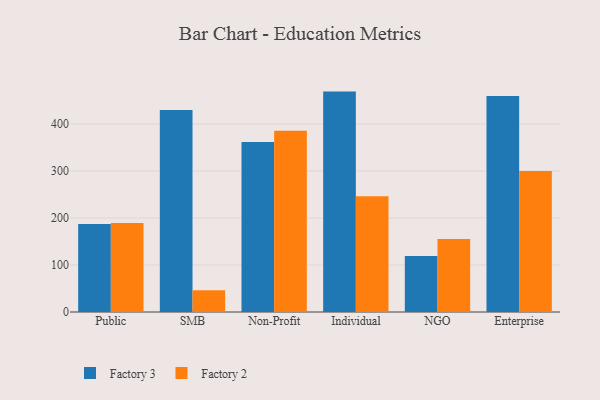
{"axis": {"x": "Segment", "y": "Latency (ms)"}, "legend": ["Factory 2", "Factory 3"], "data": [{"x": "Public", "y": 187.1, "type": "Factory 3"}, {"x": "Public", "y": 189.3, "type": "Factory 2"}, {"x": "SMB", "y": 429.8, "type": "Factory 3"}, {"x": "SMB", "y": 46.3, "type": "Factory 2"}, {"x": "Non-Profit", "y": 361.5, "type": "Factory 3"}, {"x": "Non-Profit", "y": 385.3, "type": "Factory 2"}, {"x": "Individual", "y": 468.7, "type": "Factory 3"}, {"x": "Individual", "y": 245.9, "type": "Factory 2"}, {"x": "NGO", "y": 119.2, "type": "Factory 3"}, {"x": "NGO", "y": 155.0, "type": "Factory 2"}, {"x": "Enterprise", "y": 459.5, "type": "Factory 3"}, {"x": "Enterprise", "y": 300.1, "type": "Factory 2"}]}